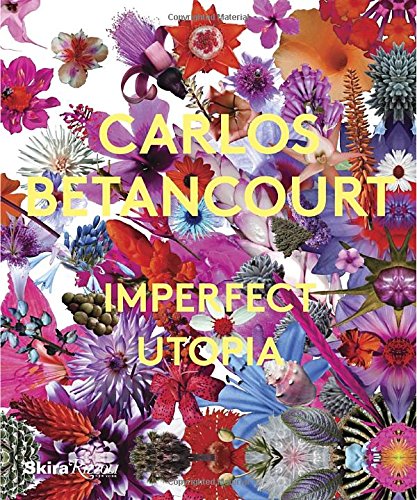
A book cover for Carlos Betancourt: Imperfect Utopia; Paul Laster; Arts & Photography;